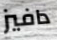
دافيز